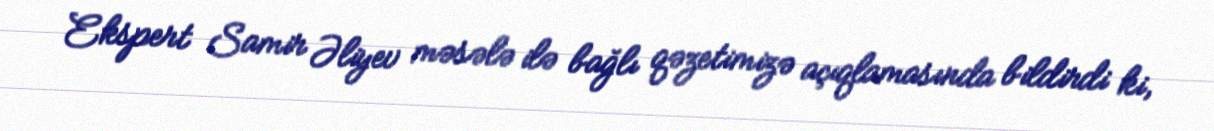
Ekspert Samir Əliyev məsələ ilə bağlı qəzetimizə açıqlamasında bildirdi ki,